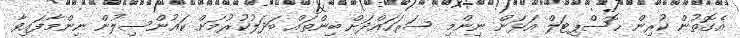
އެގޮތުން ކުރިން ހޮސްޕިޓަލް އަޅަން ނިންމި ސަރަހައްދަށް ބިންތައް ބަދަލުކުރުމަށް ކައުންސިލުން ނިންމާފައިވާ